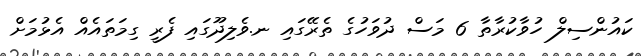
ކައުންސިލް ހުވާކުރާތާ 6 މަސް ދުވަހުގެ ތެރޭގައި ނ.ވެލިދޫގައި ފެރީ ގިމަތައެއް އެޅުމަށް